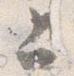
上